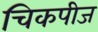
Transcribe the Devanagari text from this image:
चिकपीज